Report on the Nagpur School of Medicine, Central Provinces
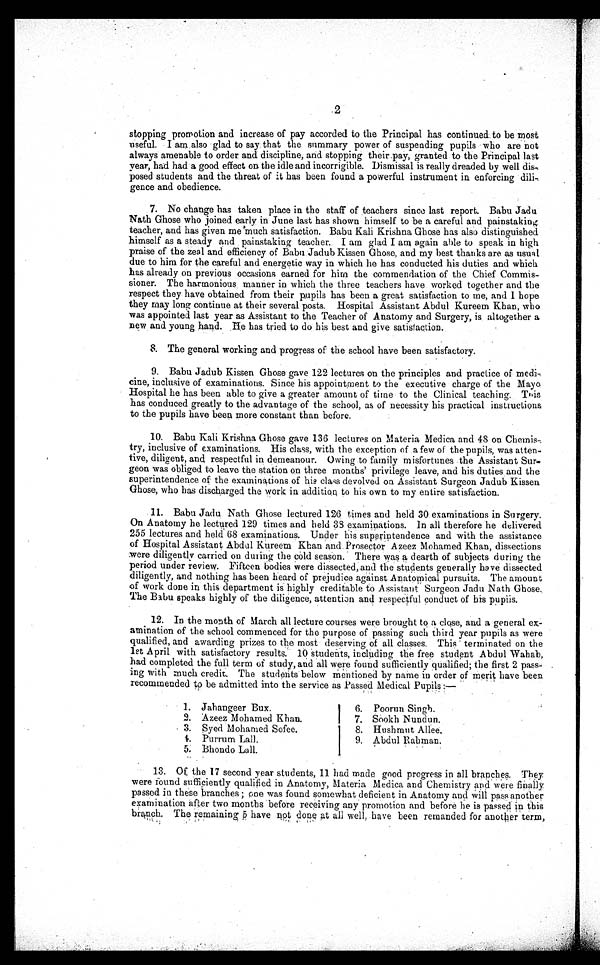
2
stopping promotion and increase of pay accorded to the Principal has continued. to be most
useful. I am also glad to say that the summary power of suspending pupils who are not
always amenable to order and discipline, and stopping their pay, granted to the Principal last
year, had had a good effect on the idle and incorrigible. Dismissal is really dreaded by well
dis-posed students and the threat of it has been found a powerful instrument in enforcing dili-
gence and obedience.
7. No change has taken place in the staff of teachers since last report. Babu Jadu
Nath Ghose who joined early in June last has shown himself to be a careful and painstaking
teacher, and has given me much satisfaction. Babu Kali Krishna Ghose has also distinguished
himself as a steady and painstaking teacher. I am glad I am again able to speak in high
praise of the zeal and efficiency of Baba Jadub Kissen Ghose, and my best thanks are as usual.
due to him for the careful and energetic way in which he has conducted his duties and which
has already on previous occasions earned for him the commendation of the Chief Commis-
sioner. The harmonious manner in which the three teachers have worked together and the
respect they have obtained from their pupils has been a great satisfaction to me, and I hope
they may long continue at their several posts. Hospital Assistant Abdul Kureem Khan, who
was appointed last year as Assistant to the Teacher of Anatomy and Surgery, is altogether a
new and young hand. .He has tried to do his best and give satisfaction.
8. The general working and progress of the school have been satisfactory.
9. Babu Jadub Kissen Ghose gave 122 lectures on the principles and practice of Medi-
cine, inclusive of examinations. Since his appointment to the executive charge of the Mayo
• Hospital he has been able to give a greater amount of time to the Clinical teaching. This
has conduced greatly to the advantage of the school, as of necessity his practical instructions
to the pupils have been more constant than before.
10. Babu Kali Krishna Ghose gave 136 lectures on Materia Medica and 48 on Chemise
try, inclusive of examinations. His class, with the exception of a few of the pupils, was atten-
t i v e , d i l i g e n t , a n d r e s p e c t f u l i n d e m e a n o u r . O w i n g t o f a m i l y m i s f o r t u n e s t h e A s s i s t a n t S u r .
geon was obliged to leave the station on three months' privilege leave, and his duties and the
superintendence of the examinations of his class devolved on Assistant Surgeon Jadub Kissen
Ghose, who has discharged the work in addition to his own to my entire satisfaction.
.11. Babu Jadu Nath Ghose lectured 126 times and held 30 examinations in Surgery.
On Anatomy he lectured 129 times and held 33 examinations. In all therefore he delivered
255 lectures and held 68 examinations. Under his superintendence and with the assistance
of Hospital Assistant Abdul Kureem Khan and. Prosector Azeez Mohamed Khan, dissections
were diligently carried on durin g the cold season. There was a dearth of subjects during the
period under review. Fifteen bodies were dissected, and the students generally have dissected
diligently, and nothing has been heard of prejudice against Anatomical pursuits. The amount
of work done in this department is highly creditable to Assistant Surgeon Jadu Nath Ghose,.
The Babu speaks highly of the diligence, attention and respectful conduct of his pupils.
12. In the month of March all lecture courses were brought to a close, and a general ex-
amination of the school commenced for the purpose of passing such third year pupils as were
qualified, and awarding prizes to the most deserving of all classes. This terminated on the
1 s t A p r i l w i t h s a t i s f a c t o r y r e s u l t s . 1 0 s t u d e n t s , i n c l u d i n g t h e f r e e s t u d e n t . A b d u l W a h a b ,
had completed the full term of study, and all were found sufficiently qualified; the first 2 pass- .
ing with much credit. The students below mentioned by name in order of merit have been
recommended to be admitted into the service as Passed Medical Pupils :—
1. Jahangeer Bux.
2. Azeez Mohamed Khan.
I
3. Syed Mohamed Sofee.
4. Purrum Lall.
5. Bhondo Loll.
6. Poorun Singh.
7. Sookh Nundun.
8. Hushmut Allee,
9. Abdul Rahman.
13. Of the 17 second year students, 11 had made good progress in all branches. They:
were found sufficiently qualified in Anatomy, Materia Medica and Chemistry and were finally
passed in these branches ; one was found somewhat deficient in Anatomy and will pass another
examination after two months before receiving any promotion and before he is passed in this
branch. The remaining 5 have not done at all well, have been remanded for another term,